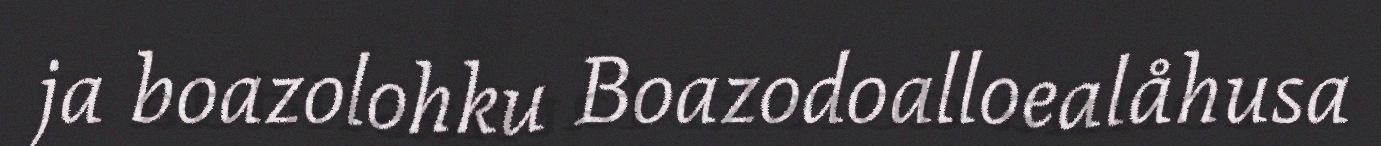
ja boazolohku Boazodoalloealåhusa